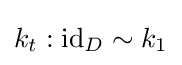
k_{t}:\operatorname {id} _{D}\sim k_{1}